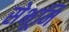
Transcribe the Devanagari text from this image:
सेभूमि